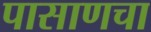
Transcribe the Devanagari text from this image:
पासाणचा